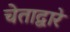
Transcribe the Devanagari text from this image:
चेताद्वारे